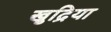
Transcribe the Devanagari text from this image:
खुद्रिया